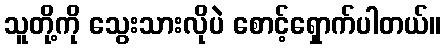
သူတို့ကို သွေးသားလိုပဲ စောင့်ရှောက်ပါတယ်။